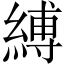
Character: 縛